Indian Civil Veterinary Department memoirs
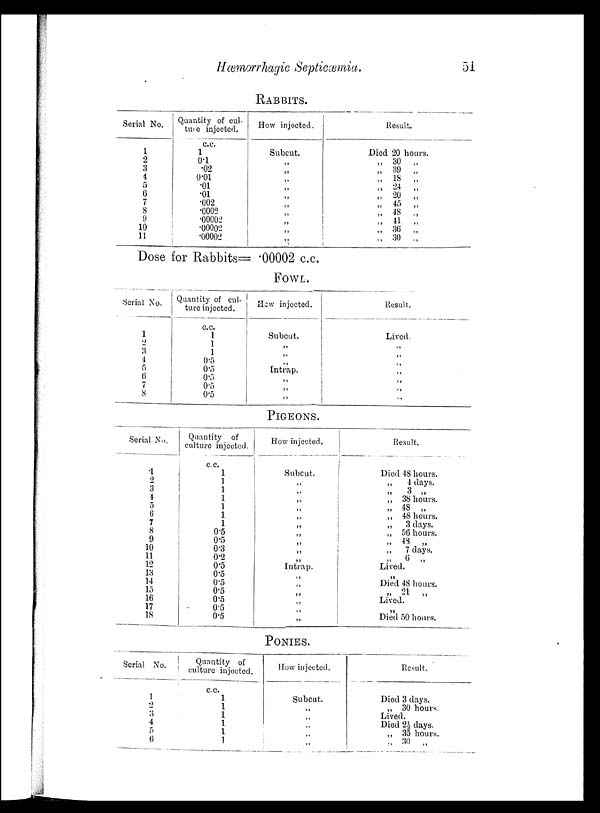
Hæmorrhagic
Septicæmia.
51
RABBITS.
Serial No.
1
2
3
4
5
6
7
8
9
10
11
Quantity of cul-
ture injected.
c.c.
1
0.1
.02
0.01
.01
.01
.002
.0002
.00002
.00002
.00002
How injected.
Subcut.
„
„
„
„
„
„
„
„
„
„
Result.
Died 20 hours.
„ 30
„
„
39
„
„
18
„
„ 24
„
„
20
„
„
45
„
„
48 „
„
41
„
„
36
„
„ 30
„
Dose for Rabbits= .00002 c.c.
FOWL.
Serial No.
1
2
3
4
5
6
7
8
Quantity of cul-
ture injected.
c.c.
1
1
1
0.5
0.5
0.5
0.5
0.5
How injected.
Subcut.
„
„
„
Intrap.
„
„
„
Result.
Lived.
„
„
„
„
„
„
„
PIGEONS.
Serial No.
1
2
3
4
5
6
7
8
9
10
11
12
13
14
15
16
17
18
Quantity of
culture injected.
c.c.
1
1
1
1
1
1
1
0.5
0.5
0.3
0.2
0.5
0.5
0.5
0.5
0.5
0.5
0.5
How injected.
Subcut.
„
„
„
„
„
„
„
„
„
„
Intrap.
„
„
„
„
„
„
Result.
Died 48 hours.
„
4 days.
„
3 „
„ 38 hours.
„ 48
„
„ 48 hours.
„
3 days.
„ 56 hours.
„ 48
„
„
7 days.
„
6
„
Lived.
„
Died 48 hours.
„ 21 „
Lived.
„
Died 50 hours.
PONIES.
Serial No.
1
2
3
4
5
6
Quantity of
culture injected.
c.c.
1
1
1
1
1
1
How injected.
Subcut.
„
„
„
„
„
Result.
Died 3 days.
„ 30 hours.
Lived.
Died 2½ days.
„ 35 hours.
„ 30
„